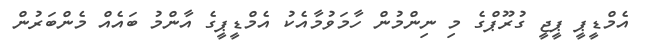
އެމްޑީޕީ ޕީޖީ ގުރޫޕްގެ މި ނިންމުން ހާމަވުމާއެކު އެމްޑީޕީގެ އާންމު ބައެއް މެންބަރުން